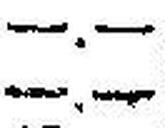
—.—